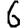
Digit: 6